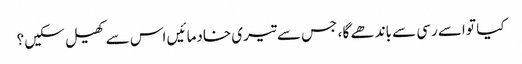
کیا تو اسے رسی سے باندھے گا ، جس سے تیری خادما ئیں اس سے کھیل سکیں ؟